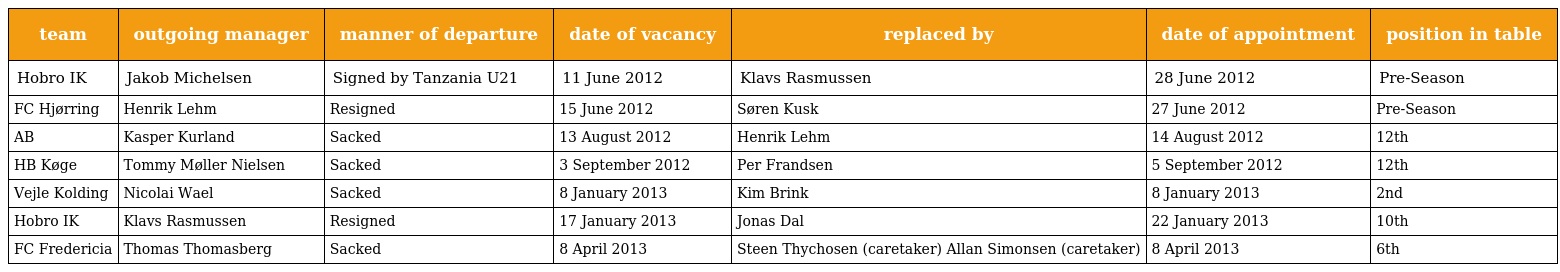
| team | outgoing manager | manner of departure | date of vacancy | replaced by | date of appointment | position in table |
 | --- | --- | --- | --- | --- | --- | --- |
 | Hobro IK | Jakob Michelsen | Signed by Tanzania U21 | 11 June 2012 | Klavs Rasmussen | 28 June 2012 | Pre-Season |
 | FC Hjørring | Henrik Lehm | Resigned | 15 June 2012 | Søren Kusk | 27 June 2012 | Pre-Season |
 | AB | Kasper Kurland | Sacked | 13 August 2012 | Henrik Lehm | 14 August 2012 | 12th |
 | HB Køge | Tommy Møller Nielsen | Sacked | 3 September 2012 | Per Frandsen | 5 September 2012 | 12th |
 | Vejle Kolding | Nicolai Wael | Sacked | 8 January 2013 | Kim Brink | 8 January 2013 | 2nd |
 | Hobro IK | Klavs Rasmussen | Resigned | 17 January 2013 | Jonas Dal | 22 January 2013 | 10th |
 | FC Fredericia | Thomas Thomasberg | Sacked | 8 April 2013 | Steen Thychosen (caretaker) Allan Simonsen (caretaker) | 8 April 2013 | 6th |